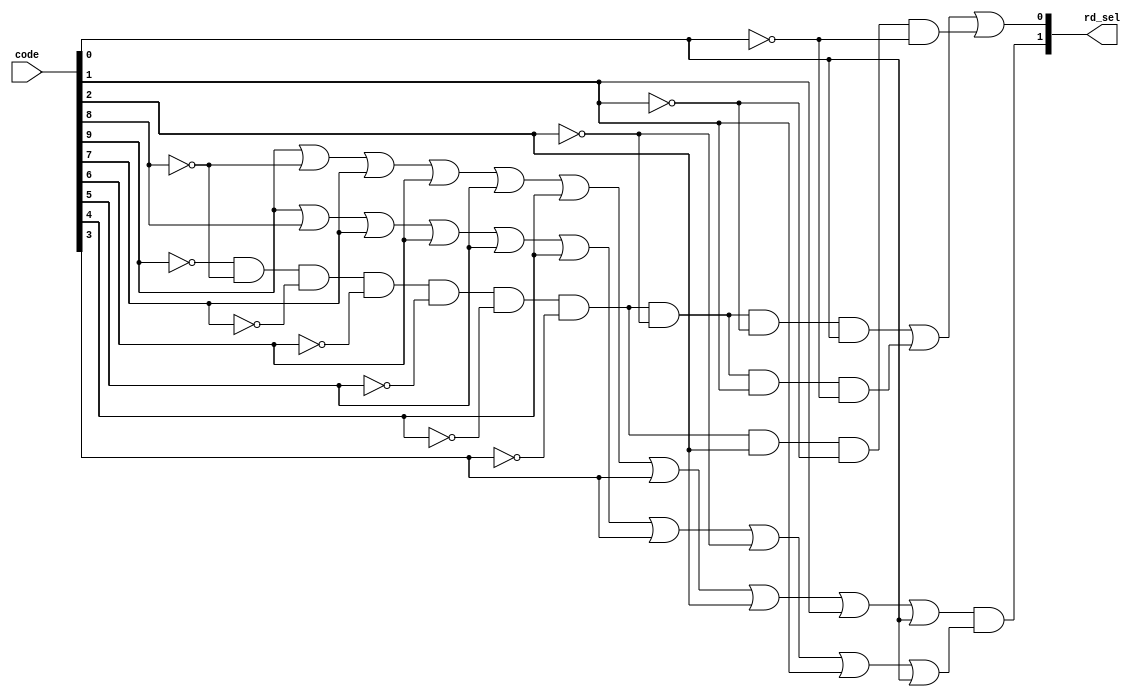
/* Mdulo responsvel por gerar o sinal rd_sel a partir do cdigo code:
Code = 10'b0000000001, gera sinal: 11 // Instruo tipo J 
Code = 10'b0000000010, gera sinal: 11 // Instruo tipo I (Jarl)
Code = 10'b0000000100, gera sinal: 01 // Instruo tipo U (LUI)
Code = 10'b0000001000, gera sinal: 10 // Instruo tipo U (AUIPC)
Code = 10'b0000010000, gera sinal: xx // Instruo tipo B
Code = 10'b0000100000, gera sinal: 10 // Instruo tipo R
Code = 10'b0001000000, gera sinal: xx // Instruo tipo S
Code = 10'b0010000000, gera sinal: 10 // Instruo tipo I (ALU)
Code = 10'b0100000000, gera sinal: 00 // Instruo tipo I (LOAD)
Code = 10'b1000000000, gera sinal: xx // Instruo tipo I (CSR)

Tabela verdade do circuito (funo em mintermos no output a direita e maxtermos no output a esquerda, com A sendo msb e J lsb):

    0000000001  1 / 1                        / (~A&~B&~C&~D&~E&~F&~G&~H&~I&J)
    0000000010  1 / 1                        / (~A&~B&~C&~D&~E&~F&~G&~H&I&~J)
    0000000100  0 / 1 (A|B|C|D|E|F|G|~H|I|J) / (~A&~B&~C&~D&~E&~F&~G&H&~I&~J)
    0000001000  1 / 0
    0000010000  x / x
    0000100000  1 / 0
    0001000000  x / x
    0010000000  1 / 0
    0100000000  0 / 0 (A|~B|C|D|E|F|G|H|I|J)
    1000000000  x / x
Funo (output direita) = (~A&~B&~C&~D&~E&~F&~G&~H&~I&J) | (~A&~B&~C&~D&~E&~F&~G&~H&I&~J) | (~A&~B&~C&~D&~E&~F&~G&H&~I&~J)
Funo (output esquerda) = (A|B|C|D|E|F|G|~H|I|J) & (A|~B|C|D|E|F|G|H|I|J)
*/

module RdSel (code, rd_sel);
input [9:0] code;
output [1:0] rd_sel;

    // Assign com expresso derivada das expresses
    assign rd_sel[1] = (code[9]|~code[8]|code[7]|code[6]|code[5]|code[4]|code[3]|code[2]|code[1]|code[0]) & (code[9]|code[8]|code[7]|code[6]|code[5]|code[4]|code[3]|~code[2]|code[1]|code[0]);
    assign rd_sel[0] = (~code[9] & ~code[8] & ~code[7] & ~code[6] & ~code[5] & ~code[4] & ~code[3] & ~code[2] & ~code[1] & code[0]) | (~code[9] & ~code[8] & ~code[7] & ~code[6] & ~code[5] & ~code[4] & ~code[3] & ~code[2] & code[1] & ~code[0]) | (~code[9] & ~code[8] & ~code[7] & ~code[6] & ~code[5] & ~code[4] & ~code[3] & code[2] & ~code[1] & ~code[0]);
endmodule